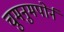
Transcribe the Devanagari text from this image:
चुमनुमपोर्न